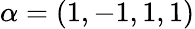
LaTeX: \alpha=(1,-1,1,1)